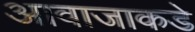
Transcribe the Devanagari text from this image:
आवाजाकडे